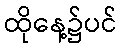
ထိုနေ့၌ပင်